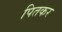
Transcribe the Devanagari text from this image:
पितकर